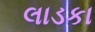
લાડકા